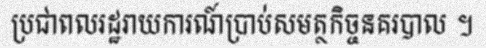
ប្រជាពលរដ្ឋរាយការណ៍ប្រាប់សមត្ថកិច្ចនគរបាល ។